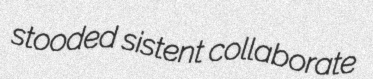
stooded sistent collaborate